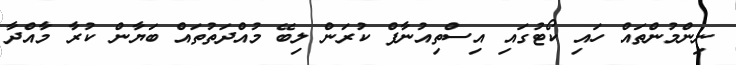
ނިންމުންތައް ހައި ކޯޓުގައި އިސްތިއުނާފް ކުރަން ލިބޭ މުއްދަތުތައް ބަޔާން ކުރާ މާއްދާ